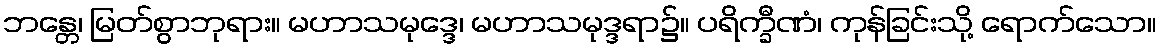
ဘန္တေ၊ မြတ်စွာဘုရား။ မဟာသမုဒ္ဒေ၊ မဟာသမုဒ္ဒရာ၌။ ပရိက္ခီဏံ၊ ကုန်ခြင်းသို့ ရောက်သော။